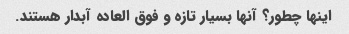
اینها چطور؟ آنها بسیار تازه و فوق العاده آبدار هستند.